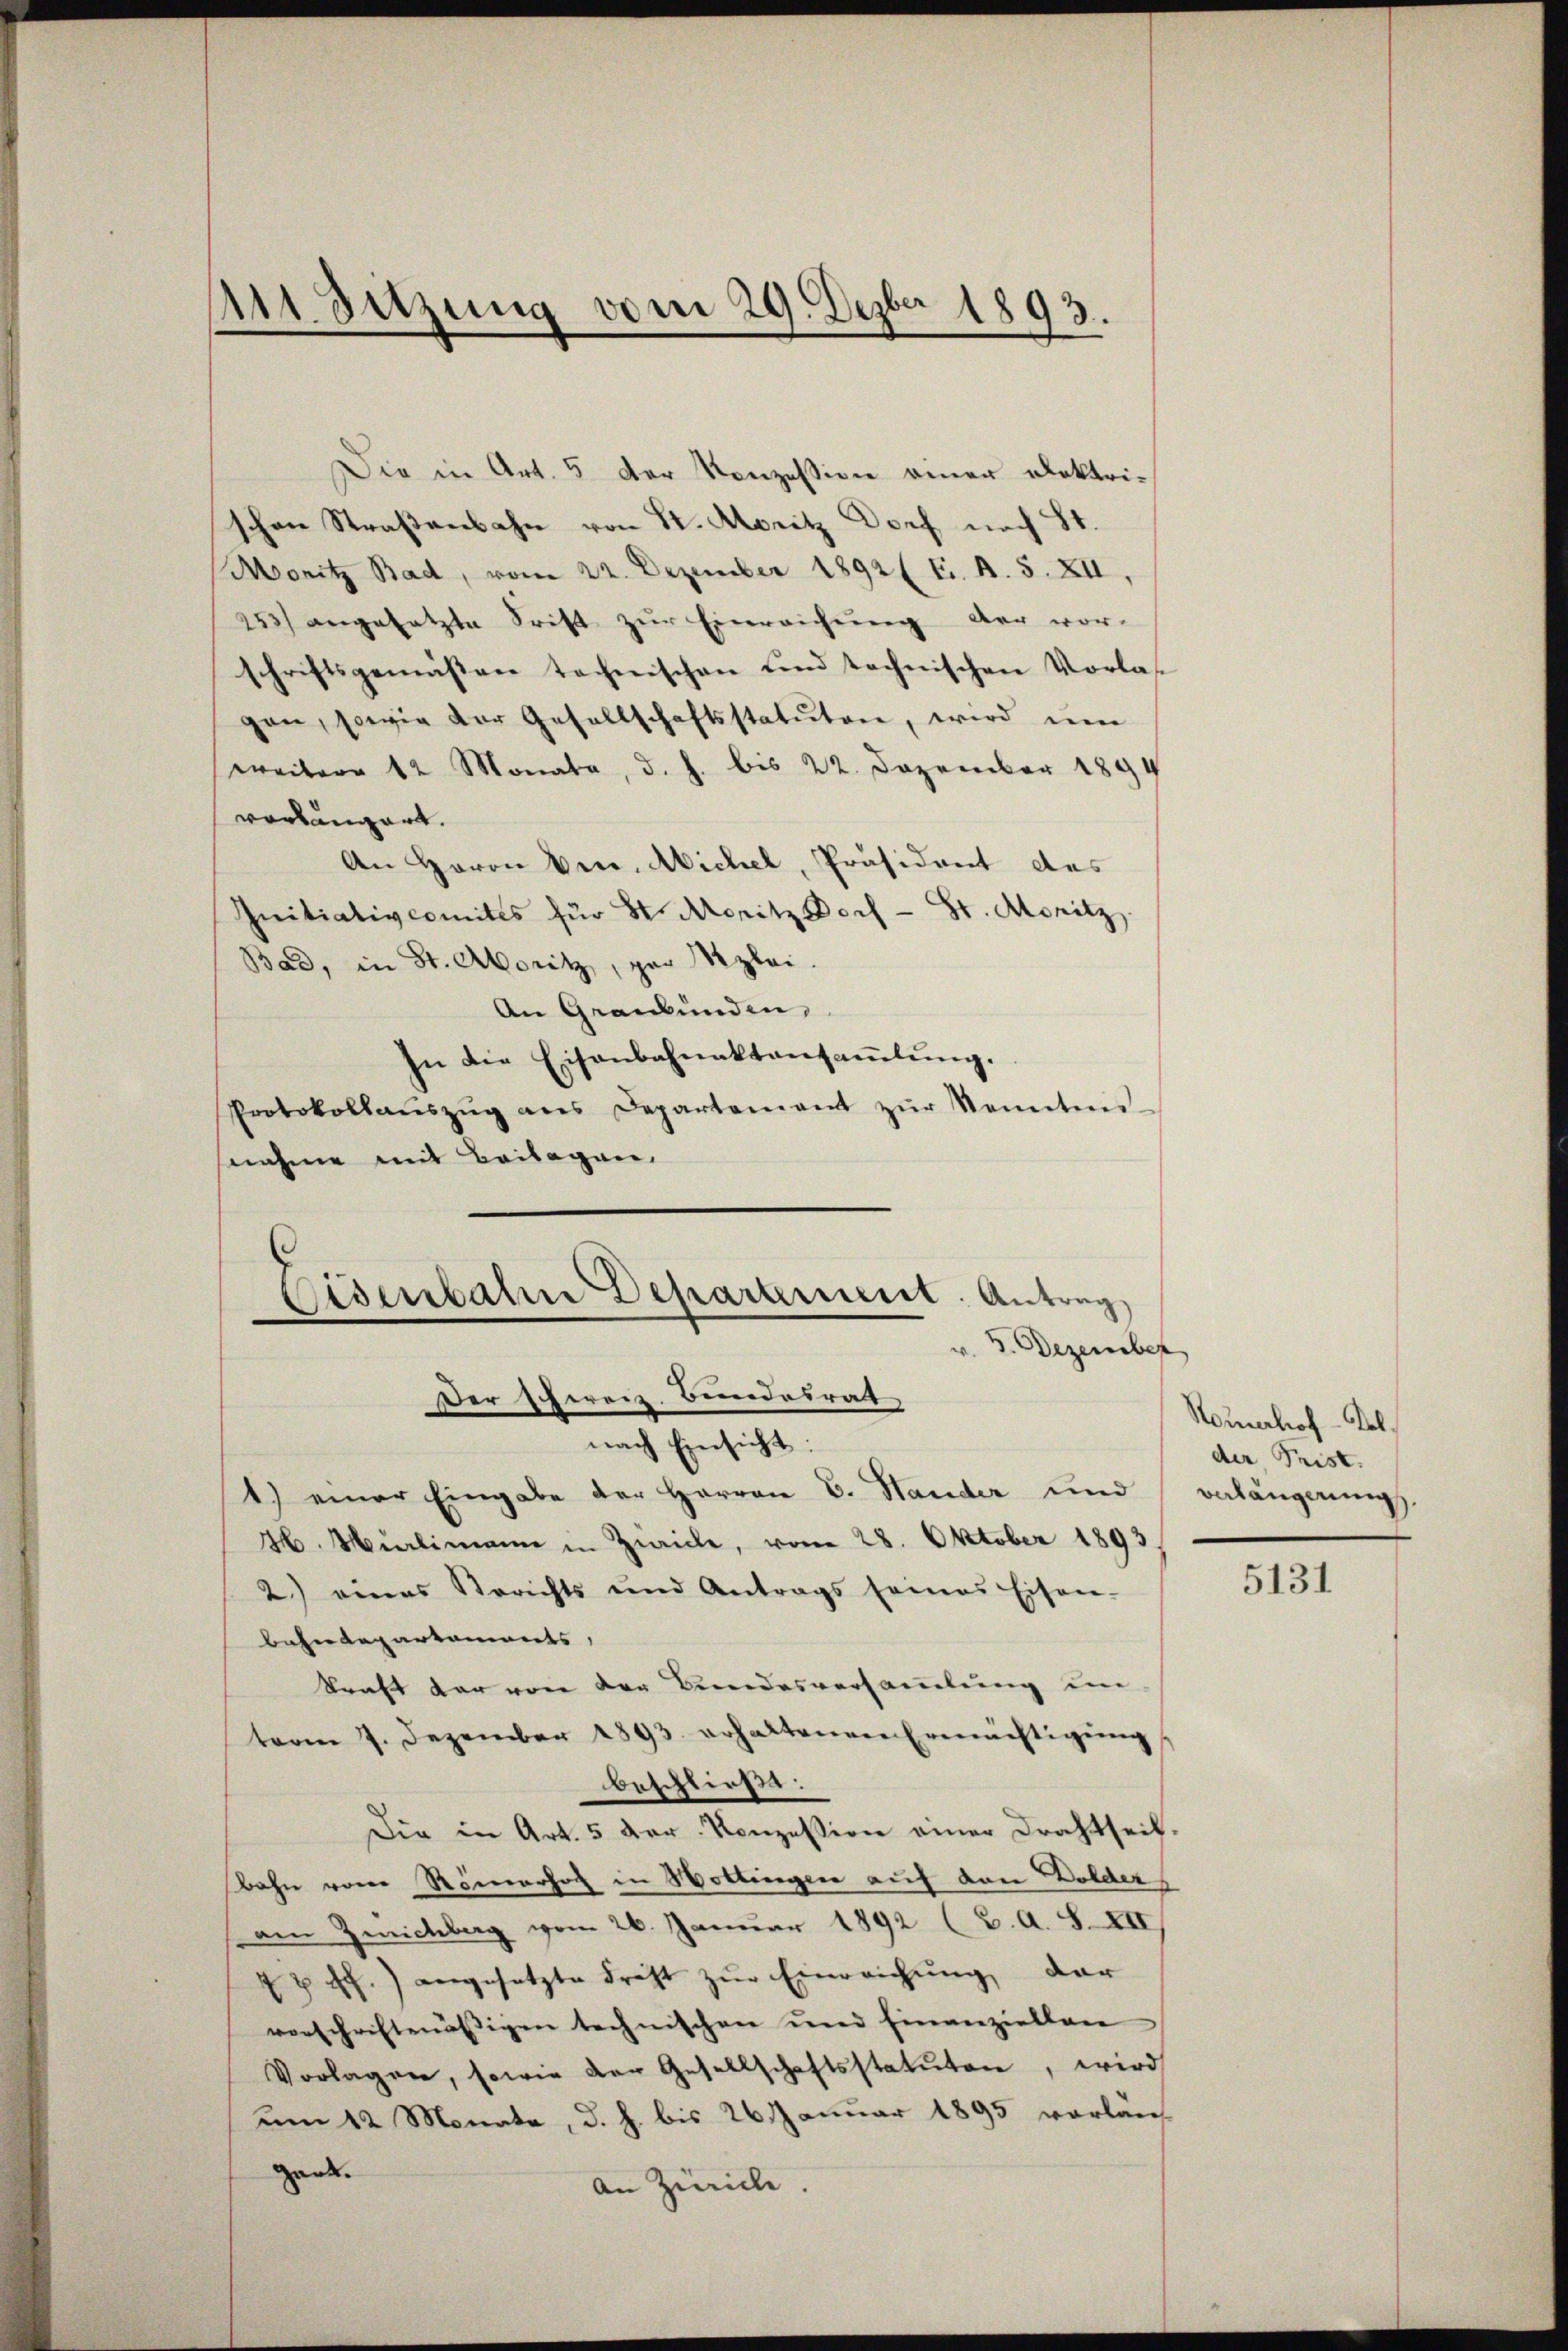
d
Sitzung vom 29. Dezber 1893.

die in Art. 5 der Konzession einer Doktrischen Straßenbahn von St. Moritz Dorf nach St.
Moritz Bad, vom 22. Dezember 1892 (E. B. S. XII,
253) angesetzte Frist zur Einreichung der vor-
schriftsgemäßen technischen und technischen Vorlagen, sowie der Gesellschaftsstatuten, wird ŭm
weitere 12 Monata, d. h. bis 22. Dezember 1894
vorlängert.
An Herrn Ven. Michel, Präsident des
Initiativcomites für St. Moritz Dorf- Sr. Moritz
Bad, in St. Moritz, par Mzlei.
An Graubünden,
In die Eisenbahnaktansaṁlŭng.
Protokollaŭszŭg ans Departement zŭr Sonntens-
nahme mit Beilagen,

Eisenbahn Departement. Antrag
.
v. 5. Dezember
Der Schweiz. Bundesrat

nach Einsicht:
1.) einer Eingabe der Herren C. Hander und
H. Mirlimann in Zwicke, vom 28. Oktober 1893.
2.) eines Berichts und Antrags seines Eisen-
bahndepartements,
kraft der von der Bundesversammlung im
term 7. Dezember 1893. erhaltenen Ermächtigŭng
beschließt:
Die in Art. 5 der Konzession einer Drahtseit-
Bahn von Römerhof in Wottingen auf den Wolder
am Zeichberg vom 26. Januar 1892 (2. A. S. XII
42 ff.) angesetzte Frist zŭr Einreichŭng dar
vorschriftenäsigen technischen und finanziellen
Vorlagen, sowie der Gesellschaftsstatuten, wird
um 12 Monate, d. h. bis 26. Januar 1895 vorlan
gant.
An Zürich.

Nouerhof - Kol
der Frist.
verlängerung.

5131